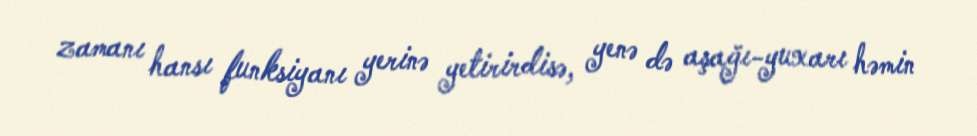
zamanı hansı funksiyanı yerinə yetirirdisə, yenə də aşağı-yuxarı həmin